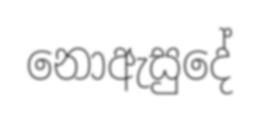
නොඇසුදේ